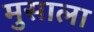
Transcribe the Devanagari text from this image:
मुसाला